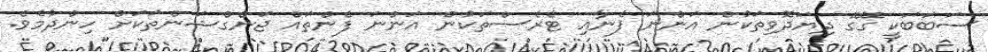
ސަބަބަކީ ގޭގޭ ދިޔަދޮވިތަކުން އަންނަ ފެނާއި ޓެރެސްތަކުން އަންނަ ފެންތައް ޖަންގްޝަންތަކަށް ހިންދުމެވެ.